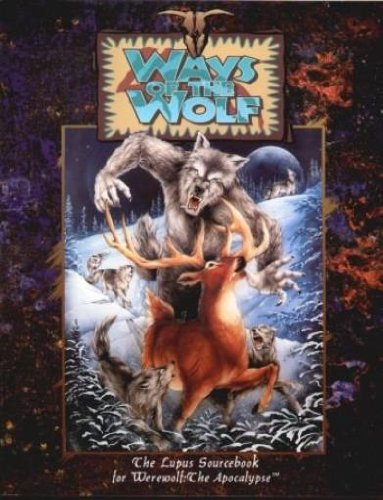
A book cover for Ways of the Wolf: The Lupus Sourcebook for Werewolf: The Apocalypse; Steve Crow; Health, Fitness & Dieting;